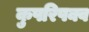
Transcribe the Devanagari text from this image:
कुपरिपक्व